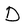
Character: D